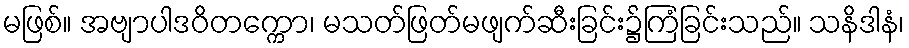
မဖြစ်။ အဗျာပါဒဝိတက္ကော၊ မသတ်ဖြတ်မဖျက်ဆီးခြင်း၌ကြံခြင်းသည်။ သနိဒါနံ၊